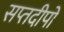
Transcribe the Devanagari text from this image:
सप्तदीपों